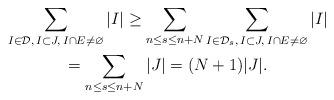
LaTeX: \begin{gather*}\sum_{I\in\mathcal D,\,I\subset J,\, I\cap E\not=\varnothing} |I|\ge \sum_{n\le s\le n+N}\sum_{I\in\mathcal D_s,\,I\subset J,\, I\cap E\not=\varnothing} |I|\\ =\sum_{n\le s\le n+N} |J|=(N+1)|J|.\end{gather*}